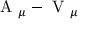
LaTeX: \mathrm { \boldmath ~ A ~ } _ { \mu } - \mathrm { \boldmath ~ V ~ } _ { \mu }